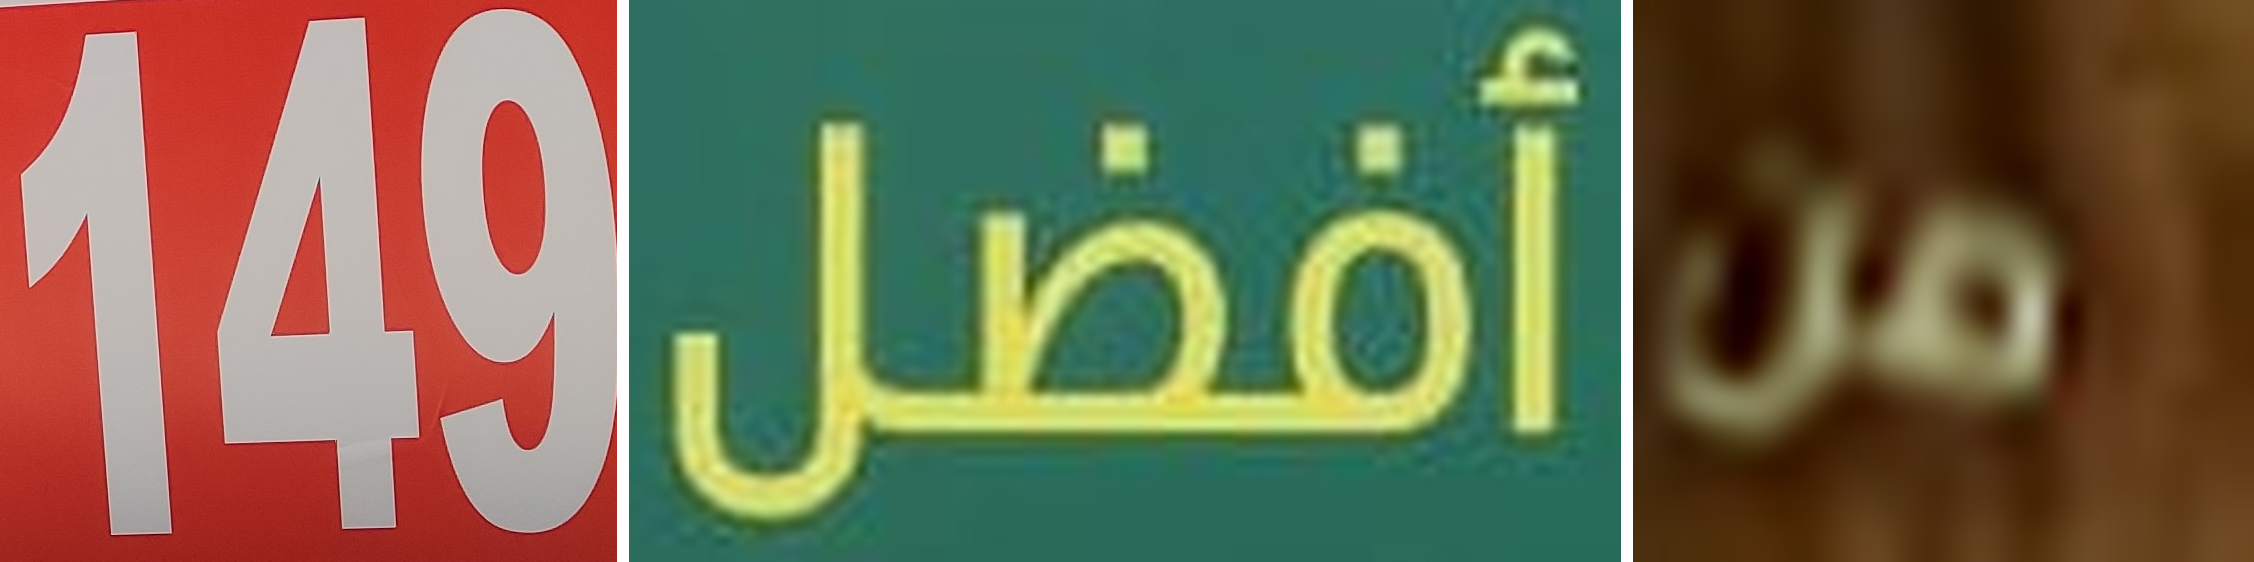
149 أفضل من